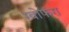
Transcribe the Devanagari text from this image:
ग्वोफंग